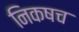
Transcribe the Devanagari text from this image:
निकषच